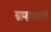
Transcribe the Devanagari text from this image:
ब्राम्हणत्वाची